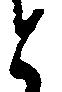
と